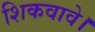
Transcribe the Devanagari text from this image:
शिकवावे।